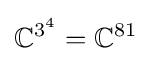
\mathbb {C} ^{3^{4}}=\mathbb {C} ^{81}